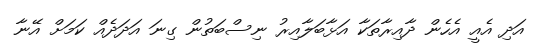
އަދި އެއީ އެހެން ދާއިރާތަކާ އަޅާބަލާއިރު ނިސްބަތުން ގިނަ އަދަދެއް ކަމަށް އޭނާ